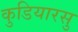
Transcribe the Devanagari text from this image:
कुडियारसु